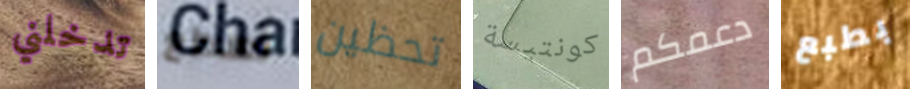
تدخلني تسطع تحظين كونتيسة دعمكم بطبع